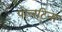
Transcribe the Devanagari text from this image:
पोलटिना